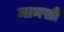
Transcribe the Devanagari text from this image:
मानसीं